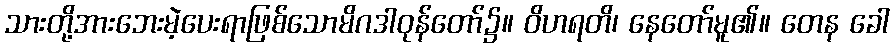
သားတို့အားဘေးမဲ့ပေးရာဖြစ်သောမိဂဒါဝုန်တော်၌။ ဝိဟရတိ၊ နေတော်မူ၏။ တေန ခေါ